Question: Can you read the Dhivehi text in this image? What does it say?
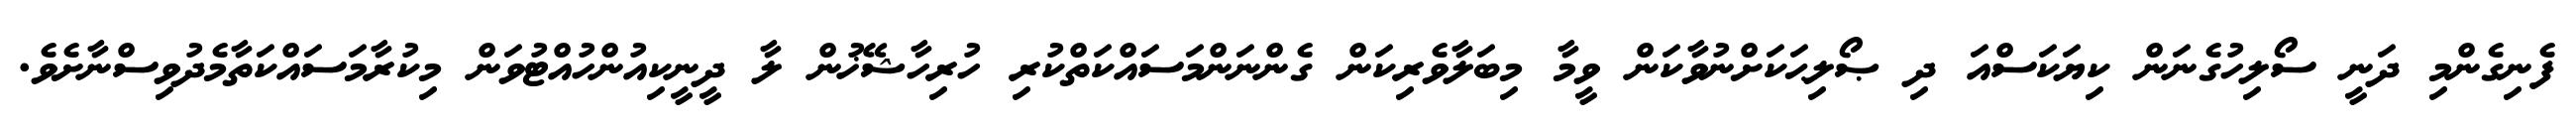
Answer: ފެނިގެންމި ދަނީ ސޯލިހުގެނަން ކިޔަކަސްއަ ދި ޞޯލިޙަކަށްނުވާކަން ވީމާ މިބަލާވެރިކަން ގެންނަންމަސައްކަތްކުރި ހުރިހާޝޭޚުން ލާ ދީނީކިއުންހުއްޓުވަން މިކުރާމަސައްކަތާމެދުވިސްނާށެވެ.